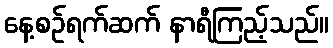
နေ့စဉ်ရက်ဆက် နာရီကြည့်သည်။